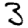
Digit: 3